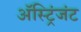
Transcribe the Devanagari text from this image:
अॅस्ट्रिंजंट